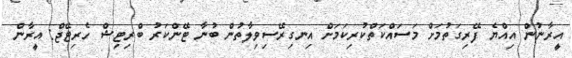
އީރާނުން އިއްޔެ ފޭރިގަތުމަށް މަސައްކަތްކުރިކަމަށް އިނގިރޭސިވިލާތުން ބުނާ ޓޭންކަރު ބްރިޓިޝް ހެރިޓޭޖް: އީރާން